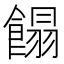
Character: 𩝣